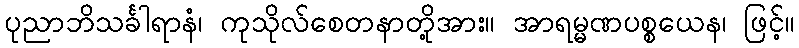
ပုညာဘိသင်္ခါရာနံ၊ ကုသိုလ်စေတနာတို့အား။ အာရမ္မဏပစ္စယေန၊ ဖြင့်။